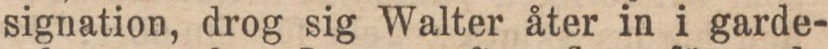
signation, drog sig Walter åter in i garde-